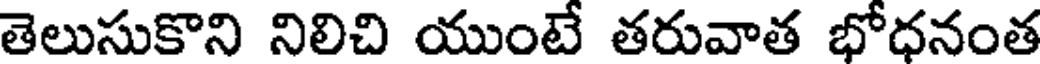
తెలుసుకొని నిలిచి యుంటే తరువాత భోధనంత